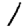
Digit: 1